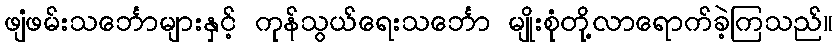
ဖျံဖမ်းသင်္ဘောများနှင့် ကုန်သွယ်ရေးသင်္ဘော မျိုးစုံတို့လာရောက်ခဲ့ကြသည်။